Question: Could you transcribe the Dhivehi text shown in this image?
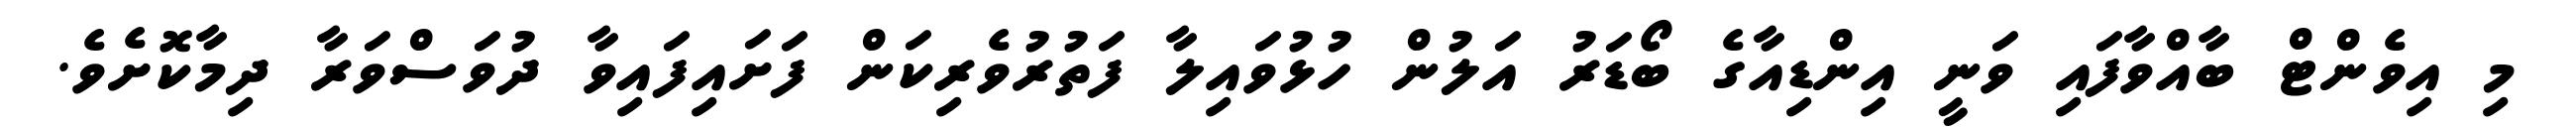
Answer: މި އިވެންޓް ބާއްވާފައި ވަނީ އިންޑިއާގެ ބޯޑަރު އަލުން ހުޅުވައިލާ ފަތުރުވެރިކަން ފަށައިފައިވާ ދުވަސްވަރާ ދިމާކޮށެވެ.